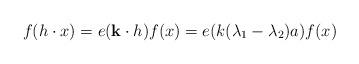
LaTeX: \begin{align*} f(h\cdot x)=e(\bold{k}\cdot h)f(x)=e(k(\lambda_{1}-\lambda_{2})a)f(x) \end{align*}